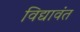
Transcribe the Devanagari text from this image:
विद्यावंत